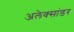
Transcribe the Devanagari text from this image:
अलेक्सांडर